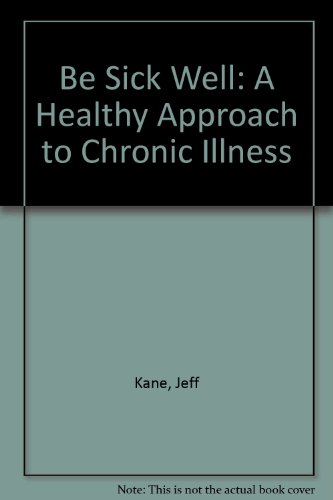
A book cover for Be Sick Well: A Healthy Approach to Chronic Illness; Jeff Kane; Health, Fitness & Dieting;